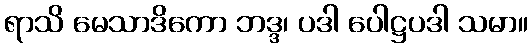
ရာသိ မေသာဒိကော ဘဒ္ဒ၊ ပဒါ ပေါဋ္ဌပဒါ သမာ။